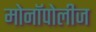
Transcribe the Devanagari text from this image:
मोनॉपोलीज